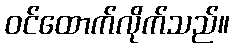
ဝင်ထောက်လိုက်သည်။